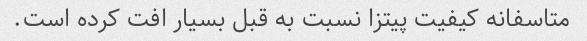
متاسفانه کیفیت پیتزا نسبت به قبل بسیار افت کرده است.